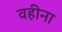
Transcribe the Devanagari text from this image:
वहीना